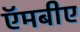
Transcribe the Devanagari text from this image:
ऍमबीए